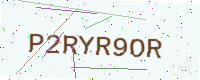
Text: P2RYR9OR